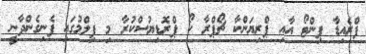
ފްރެއިޑާ ޕިންޓޯ އާއި ޕްރިޔަންކާ ޗޯޕްރާ ކޯ ޕްރޮޑިޔުސްކުރާ މި ފިލްމުގައި ފެނިގެންދާނީ